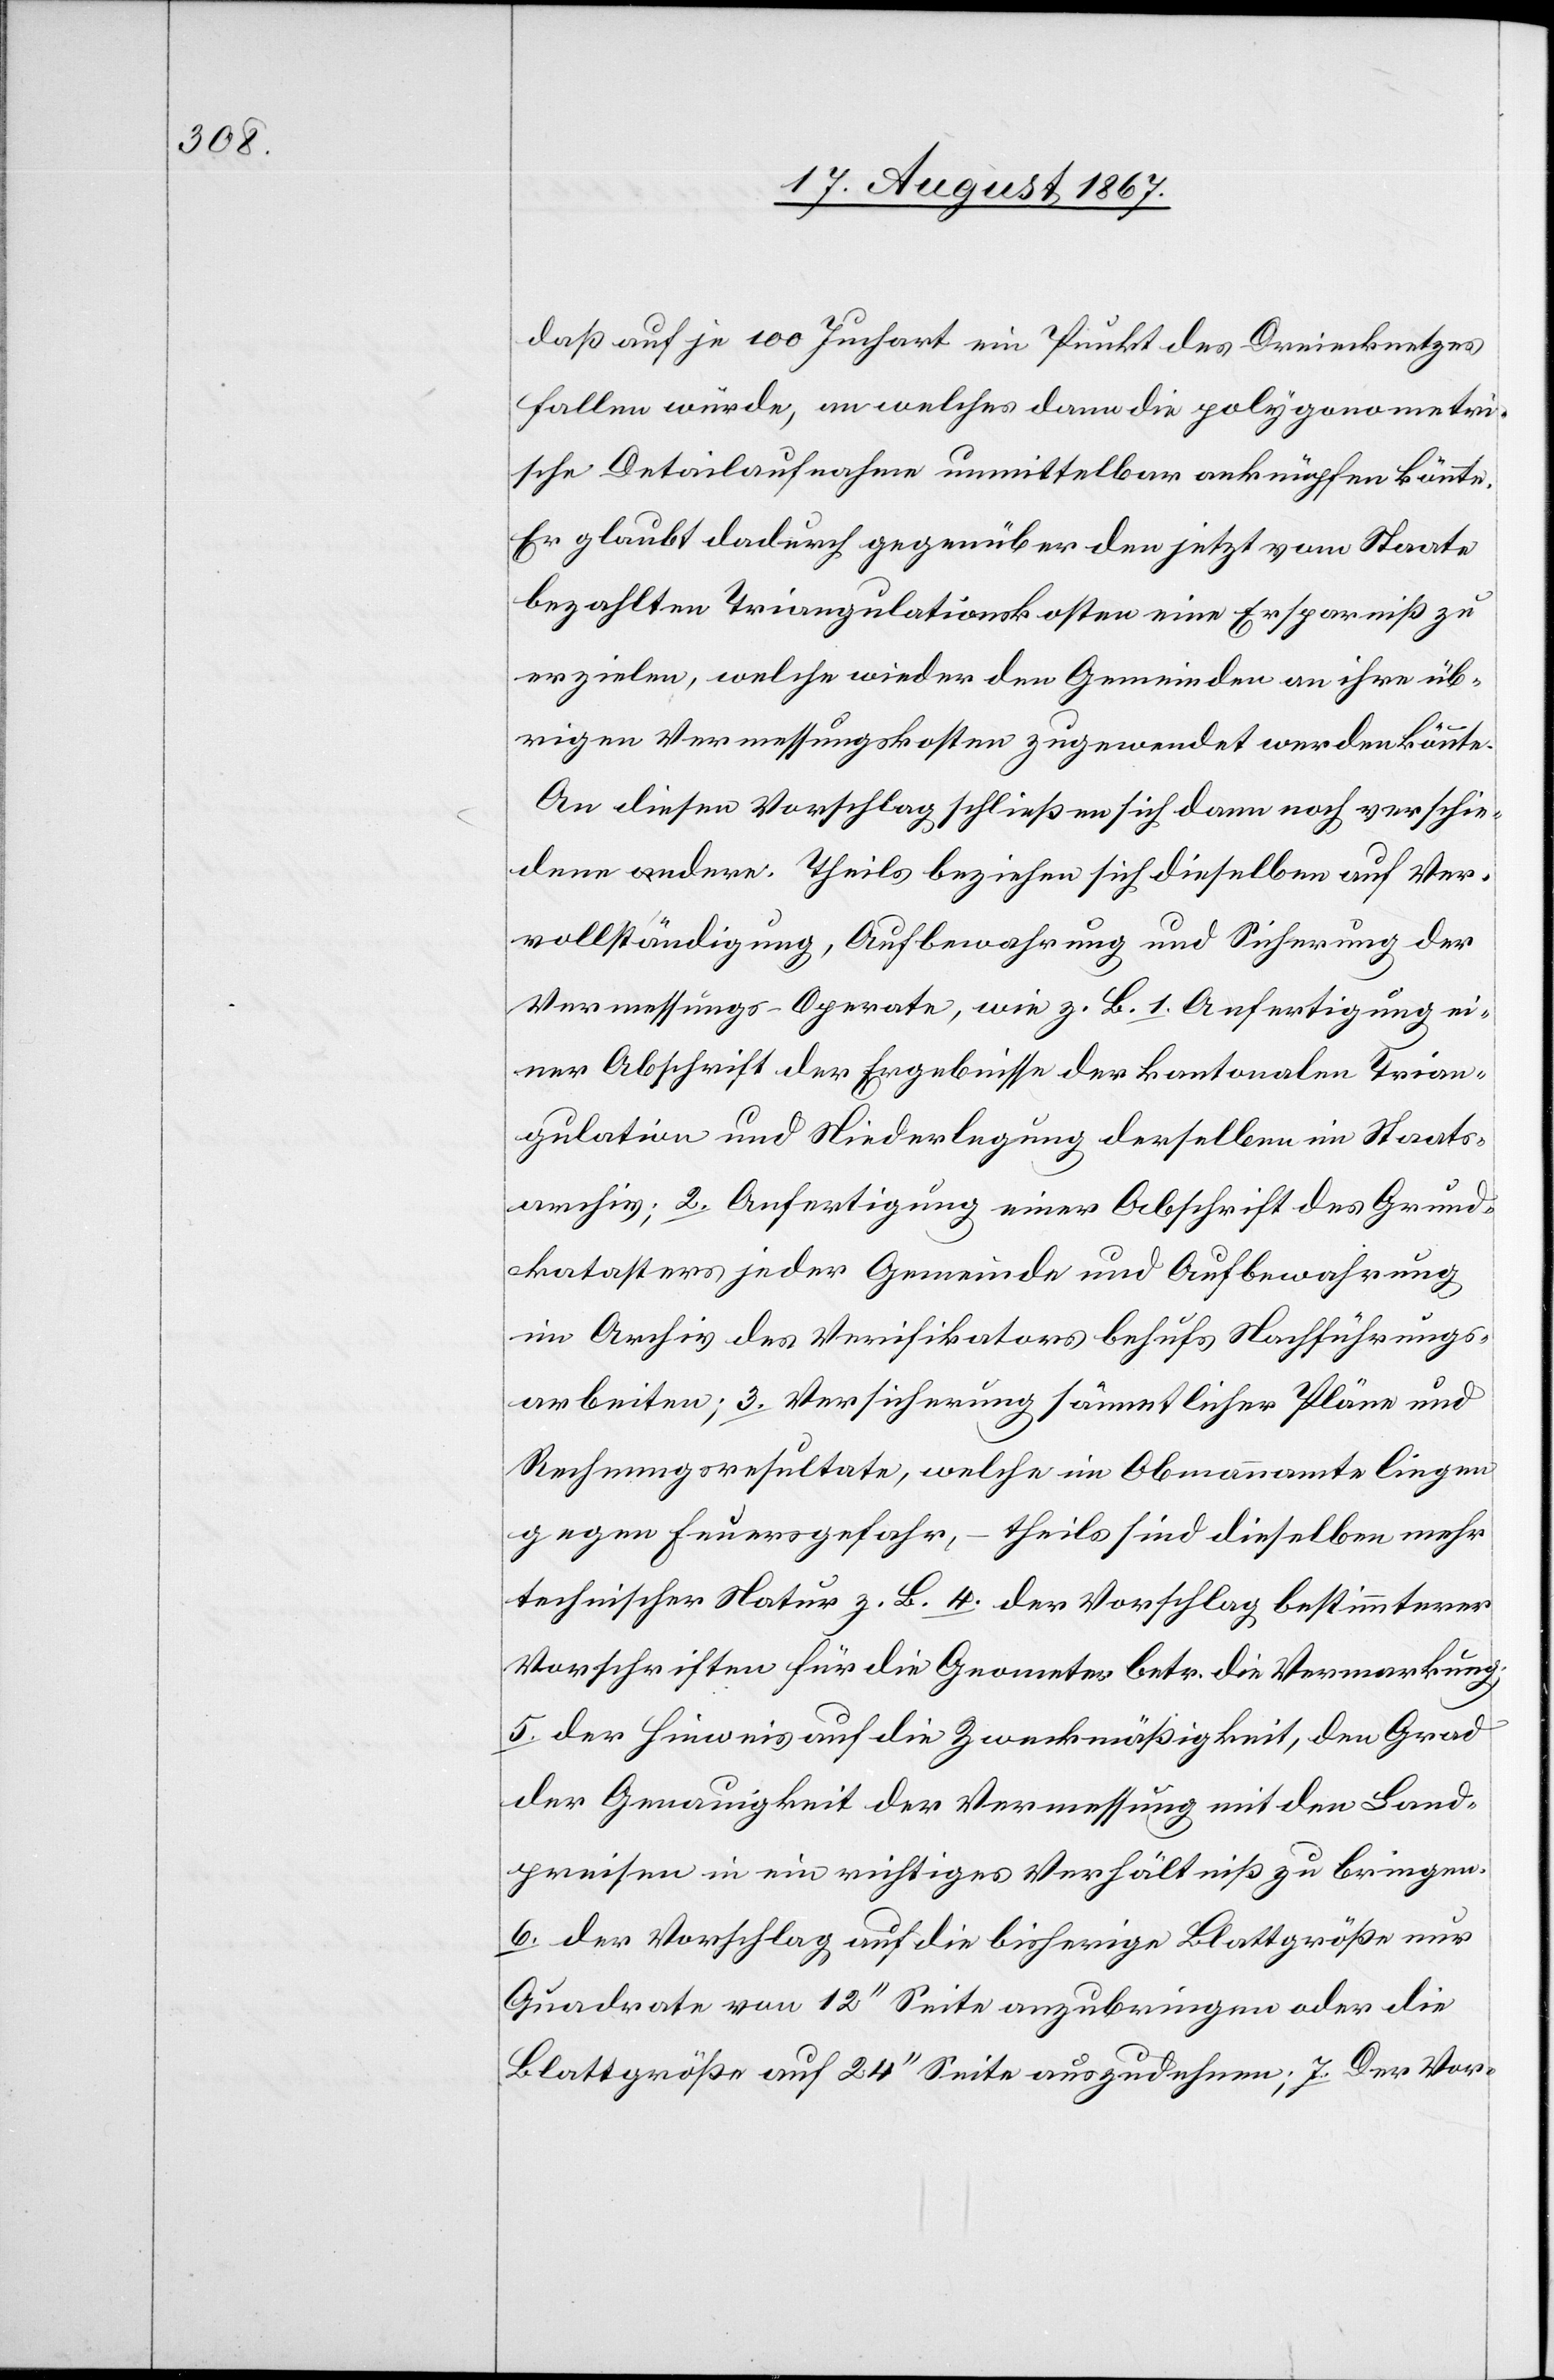
daß auf je 100 Juchart ein Punkt des Dreiecknetzes
fallen würde, an welches dann die polygeometri¬
sche Detailaufnahme unmittelbar anknüpfen könnte.
Er glaubt dadurch gegenüber den jetzt vom Staate
bezahlten Triangulationskosten eine Ersparniß zu
erzielen, welche wieder den Gemeinden an ihre üb¬
rigen Vermessungskosten zugewendet werden könnte.
An diesen Vorschlag schließen sich dann noch verschie¬
dene andere. Theils beziehen sich dieselben auf Ver¬
vollständigung, Aufbewahrung und Sicherung der
Vermessungs-Operate, wie z. B. 1. Anfertigung ei¬
ner Abschrift der Ergebnisse der kantonalen Trian¬
gulation und Niederlegung derselben im Staats¬
archiv; 2. Anfertigung einer Abschrift des Grund¬
katasters jeder Gemeinde und Aufbewahrung
im Archiv des Verifikators behufs Nachführungs¬
arbeiten; 3. Versicherung sämmtlicher Pläne und
Rechnungsresultate, welche im Obmannamte liegen
gegen Feuergefahr, – theils sind dieselben mehr
technischer Natur, z. B. [4. der Vorschlag bestimmterer
Vorschriften für die Geometer betr. die Vermarkung;
5. der Hinweis auf die Zweckmäßigkeit, den Grad
der Genauigkeit der Vermessung mit den Land¬
preisen in ein richtiges Verhältniß zu bringen.
6. der Vorschlag auf die bisherige Blattgröße nur
Quadrate von 12‘‘ Seite anzubringen oder die
Blattgroße auf 24‘‘ Seite auszudehnen; 7. Der Vor-